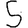
Digit: 5